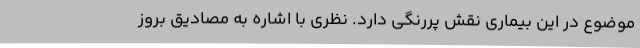
موضوع در این بیماری نقش پررنگی دارد. نظری با اشاره به مصادیق بروز